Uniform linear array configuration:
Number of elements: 8
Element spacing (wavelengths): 0.75
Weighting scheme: hann
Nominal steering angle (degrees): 45
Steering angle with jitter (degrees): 44.521
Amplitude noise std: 0.05
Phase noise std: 0.05

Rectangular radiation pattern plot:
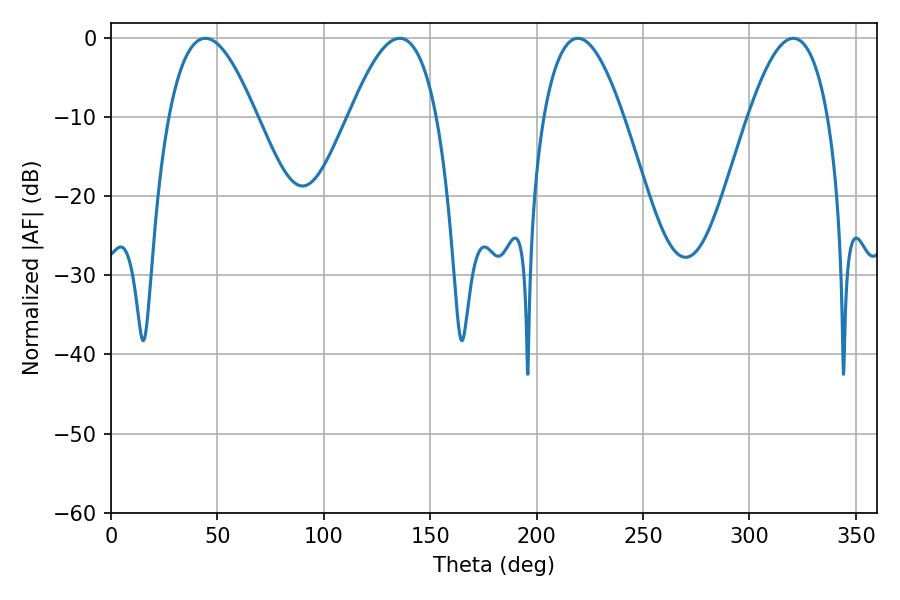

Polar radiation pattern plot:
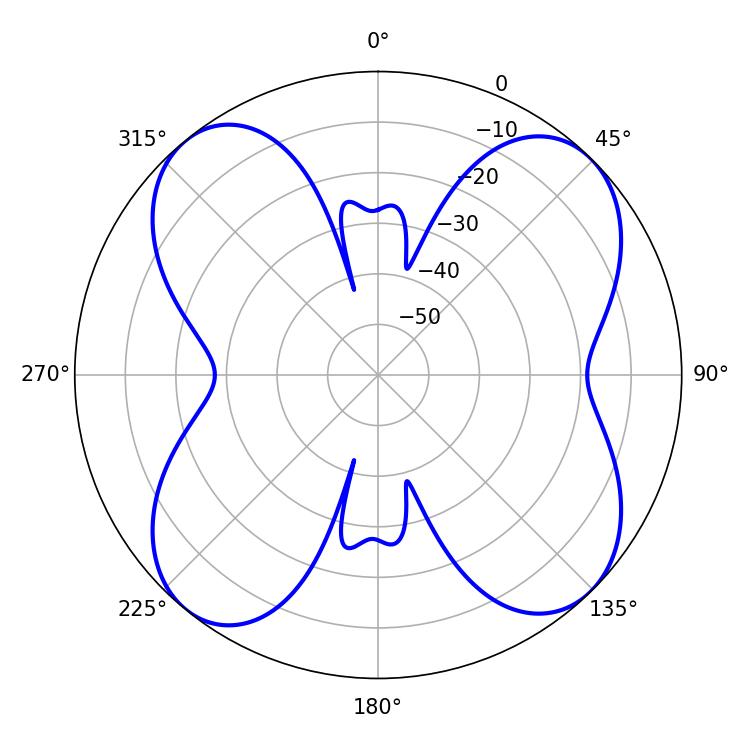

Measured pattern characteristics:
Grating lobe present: TRUE
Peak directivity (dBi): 12.584
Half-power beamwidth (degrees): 20.52
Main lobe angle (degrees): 219.42